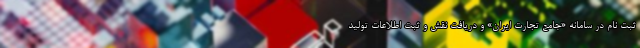
ثبت نام در سامانه «جامع تجارت ایران» و دریافت نقش و ثبت اطلاعات تولید